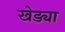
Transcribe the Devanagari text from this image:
खेड्या